Account of plague administration in the Bombay Presidency from September 1896 till May 1897
Year: 1896
Disease focus: Plague
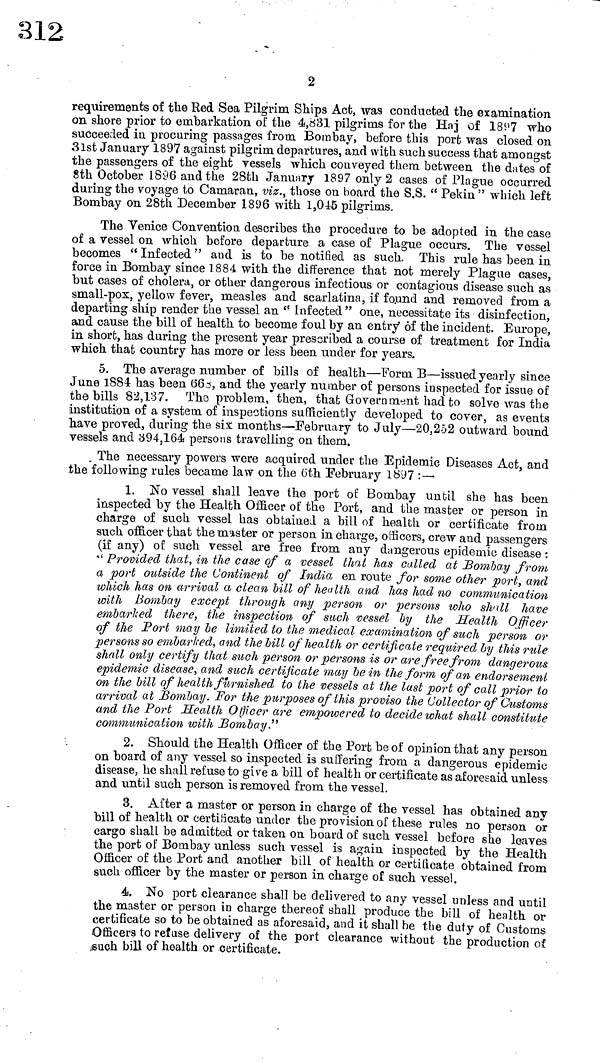
2
requirements of the Red Sea Pilgrim Ships Act, was conducted the examination
on shore prior to embarkation of the 4,831 pilgrims for the Haj of 1897 who
succeeded in procuring passages from Bombay, before this port was closed on
31st January 1897 against pilgrim departures, and with such success that amongst
the passengers of the eight vessels which conveyed them between the dates of
8th October 1896 and the 28th January 1897 only 2 cases of Plague occurred
during the voyage to Camaran, viz., those on board the S.S. " Pekin " which left
Bombay on 28th December 1896 with 1,045 pilgrims.
The Venice Convention describes the procedure to be adopted in the case
of a vessel on which before departure a case of Plague occurs. The vessel
becomes " Infected " and is to be notified as such. This rule has been in
force in Bombay since 1884 with the difference that not merely Plague cases,
but cases of cholera, or other dangerous infectious or contagious disease such as
small-pox, yellow fever, measles and scarlatina, if found and removed from a
departing ship render the vessel an " Infected " one, necessitate its disinfection,
and cause the bill of health to become foul by an entry of the incident. Europe,
in short, has during the present year prescribed a course of treatment for India
which that country has more or less been under for years.
5. The average number of bills of health—Form Β—issued yearly since
June 1884 has been 663, and the yearly number of persons inspected for issue of
the bills 82,137. The problem, then, that Government had to solve wvas the
institution of a system of inspections sufficiently developed to cover, as events
have proved, during the six months—February to July—20,252 outward bound
vessels and 394,164 persons travelling on them.
The necessary powers were acquired under the Epidemic Diseases Act, and
the following rules became law on the 6th February 1897 :-
1. No vessel shall leave the port of Bombay until she has been
inspected by the Health Officer of the Port, and the master or person in
charge of such vessel has obtained a bill of health or certificate from
such officer that the master or person in charge, officers, crew and passengers
(if any) of such vessel are free from any dangerous epidemic disease :
* Provided that, in the case of a vessel that has called at Bombay from
a, port outside the Continent of India en route for some other port, and
which has on arrival a clean bill of health and has had no communication
with Bombay except through any person or persons who shall have
embarked there, the inspection of such vessel by the Health Officer
of the Port may be limited to the medical examination of such person or
persons so embarked, and the bill of health or certificate required by this rule
shall only certify that such person or persons is or are free from dangerous
epidemic disease, and such certificate may be in the form of an endorsement
on the bill of health furnished to the vessels at the last port of call prior to
arrival at Bombay. For the purposes of this proviso the Collector of Customs
and the Port Health Officer are empowered to decide what shall constitute
communication with Bombay "
2. Should the Health Officer of the Port be of opinion that any person
on board of any vessel so inspected is suffering from a dangerous epidemic
disease, he shall refuse to give a bill of health or certificate as aforesaid unless
and until such person is removed from the vessel.
3. After a master or person in charge of the vessel has obtained any
bill of health or certificate under the pro vision of these rules no person o"r
cargo shall be admitted or taken on board of such vessel before she leaves
the port of Bombay unless such vessel is again inspected by the Health
Officer of the Port and another bill of health or certificate obtained from
such officer by the master or person in charge of such vessel.
4. No port clearance shall be delivered to any vessel unless and until
the master or person in charge thereof shall produce the bill of health or
certificate so to be obtained as aforesaid, and it shall be the duty of Customs
Officers to refuse delivery of the port clearance without the production of
such bill of health or certificate.